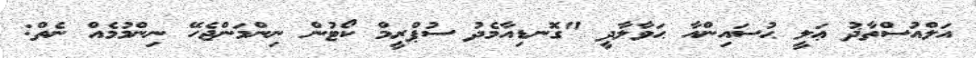
އަލްއުސްތާޛު ޢަލީ ޙުސައިންއާ ޙަވާލާދީ "ގޮނޑިއާމެދު ސުޕްރީމް ކޯޓުން ނިންމަންޖެހޭ ނިންމުމެއް ނެތް: